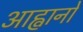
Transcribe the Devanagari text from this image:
आह्वानों